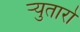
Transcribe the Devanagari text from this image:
र्‍युतारो